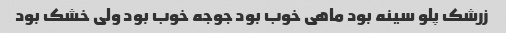
زرشک پلو سینه بود ماهی خوب بود جوجه خوب بود ولی خشک بود